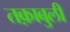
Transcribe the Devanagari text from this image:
तक़ाबुली